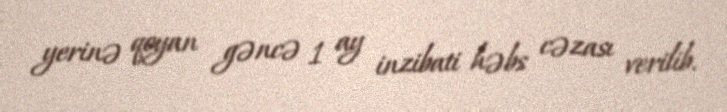
yerinə qoyan gəncə 1 ay inzibati həbs cəzası verilib.